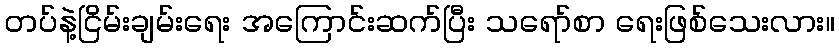
တပ်နဲ့ငြိမ်းချမ်းရေး အကြောင်းဆက်ပြီး သရော်စာ ရေးဖြစ်သေးလား။